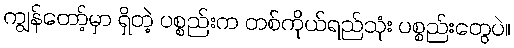
ကျွန်တော့်မှာ ရှိတဲ့ ပစ္စည်းက တစ်ကိုယ်ရည်သုံး ပစ္စည်းတွေပဲ။